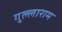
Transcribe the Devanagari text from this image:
गुल्लाराम